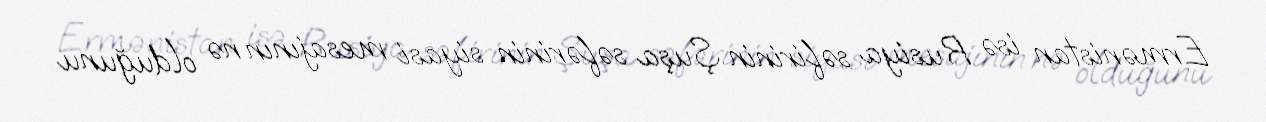
Ermənistan isə Rusiya səfirinin Şuşa səfərinin siyasi mesajının nə olduğunu